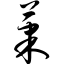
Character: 果